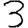
Digit: 3